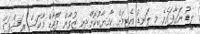
ލީޑު ނަގާފައެވެ. މި ލަނޑު އެޓީމަށް ކާމިޔާބުކޮށްދިނީ ޒުވާން ފޯވާޑް މާކަސް ރަޝްފަޑް